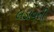
લડાવતી